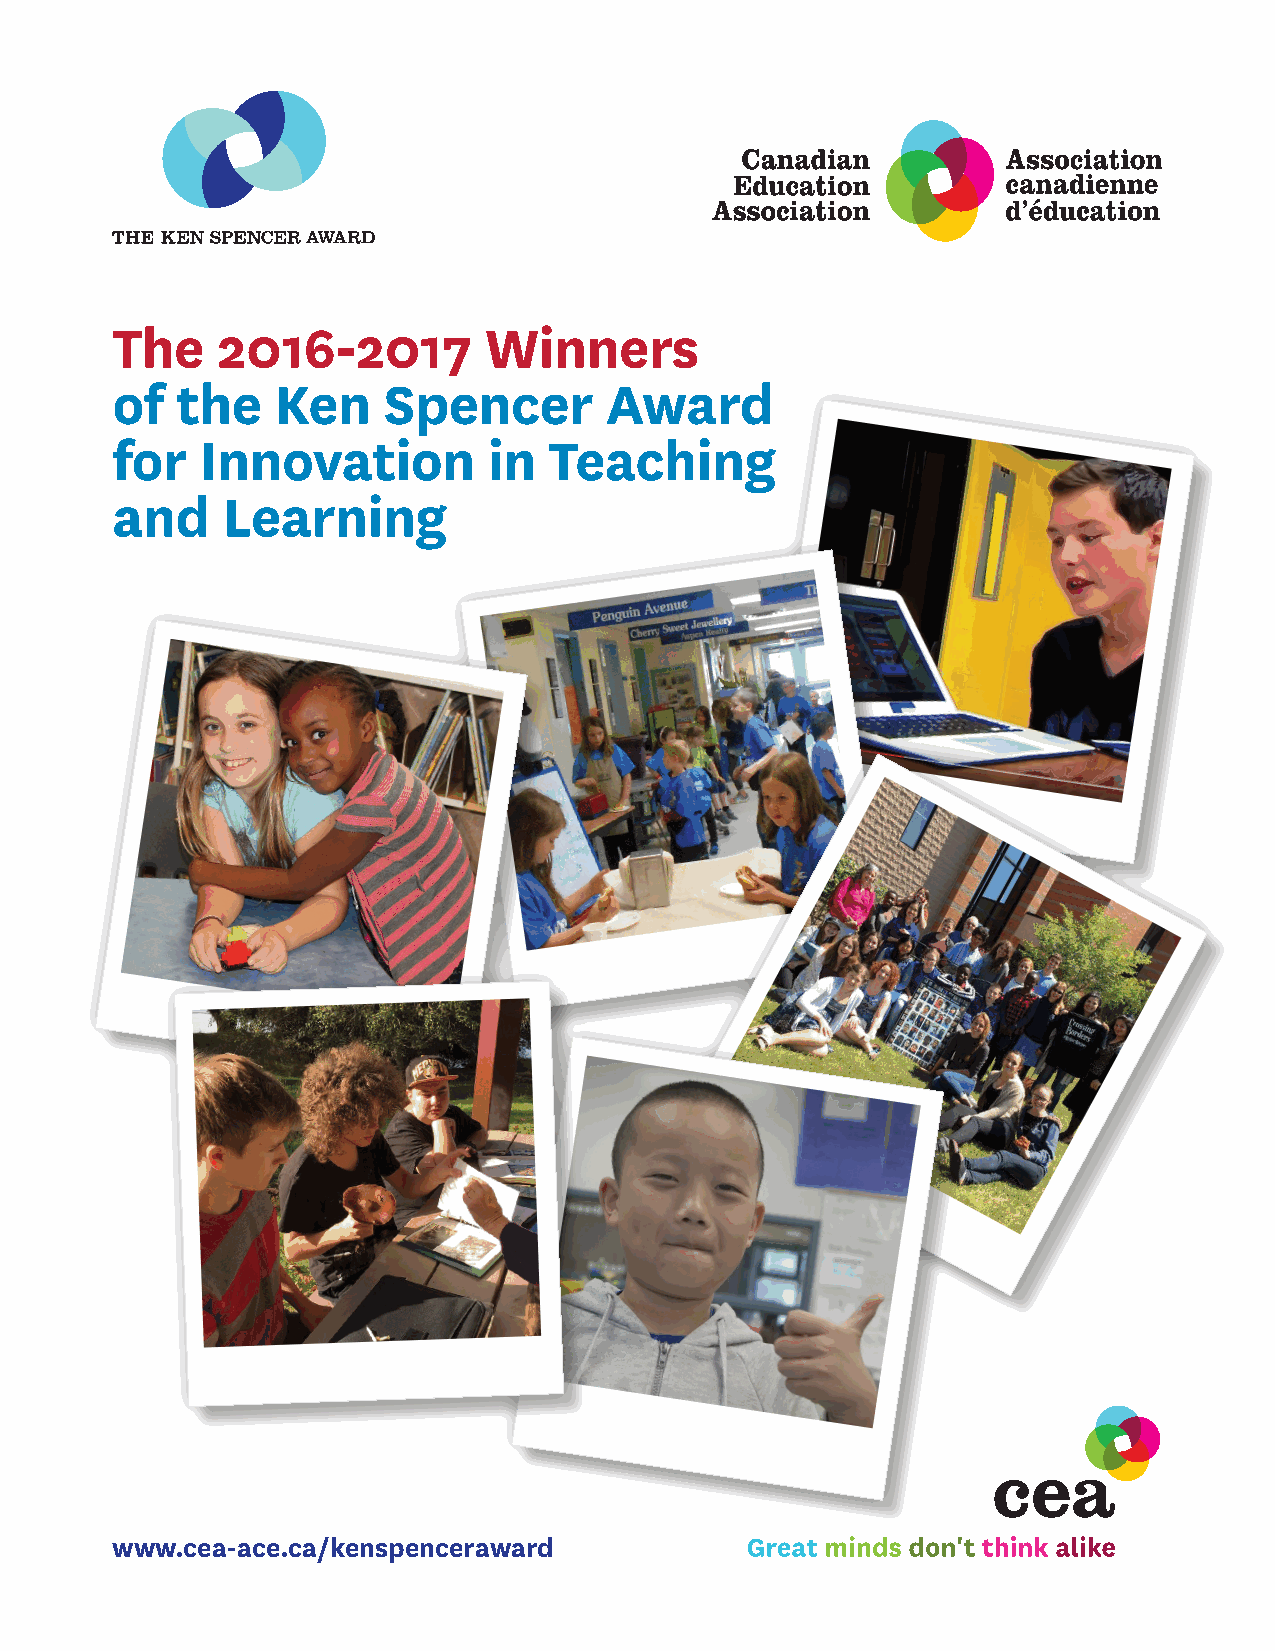
The    2016-2017         Winners
 of   the   Ken    Spencer        Award
 for   Innovation         in  Teaching
 and     Learning
 www.cea-ace.ca/kenspenceraward